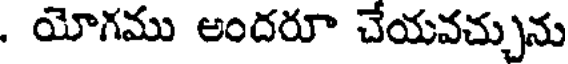
. యోగము అందరూ చేయవచ్చును